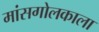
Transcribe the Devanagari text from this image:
मांसगोलकाला